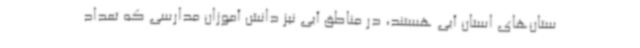
ستان‌های استان آبی هستند، در مناطق آبی نیز دانش آموزان مدارسی که تعداد